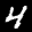
Label: 4